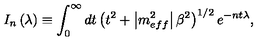
I _ { n } \left( \lambda \right) \equiv \int _ { 0 } ^ { \infty } d t \left( t ^ { 2 } + \left| m _ { e f f } ^ { 2 } \right| \beta ^ { 2 } \right) ^ { 1 / 2 } e ^ { - n t \lambda } ,